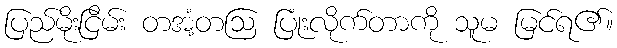
ပြည်မိုးငြိမ်း တအံ့တဩ ပြုံးလိုက်တာကို သူမ မြင်ရ၏။